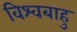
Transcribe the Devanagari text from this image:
विश्वबाहु